Scottish Leaving Certificate Examination, 1956
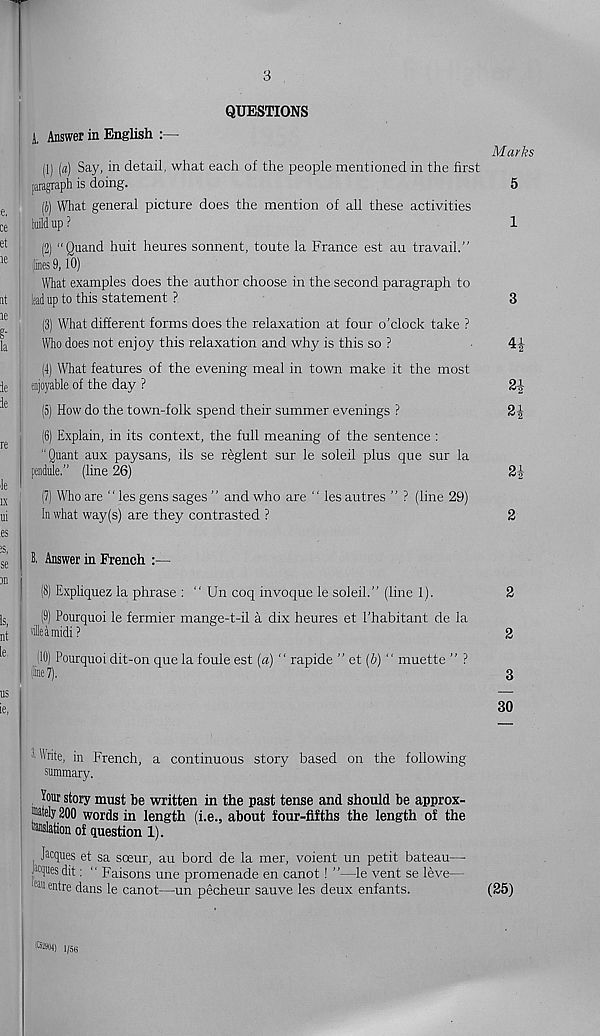
3
QUESTIONS
A, Answer in English
(1) (a) Say, in detail, what each of the people mentioned in the first
paragraph is doing.
(S) What general picture does the mention of ail these activities
hild up ?
Marks
5
1
(2) "Quand huit heures sonnent, toute la France est au travail.”
(lines 9,10)
What examples does the author choose in the second paragraph to
lad up to this statement ?
3
(3) What different forms does the relaxation at four o’clock take ?
Who does not enjoy this relaxation and why is this so ?
■
4J
(4) What features of the evening meal in town make it the most
enjoyable of the day ?
2
(5) How do the town-folk spend their summer evenings ?
2
(6) Explain, in its context, the full meaning of the sentence :
"Quant aux paysans, ils se reglent sur le soleil plus que sur la
pendule.” (line 26)
2|
(7) Who are " les gens sages ” and who are " les autres ” ? (line 29)
In what way(s) are they contrasted ?
2
8, Answer in French :—
(8) Expliquez la phrase : “ Un coq invoque le soleil.” (line 1).
2
(9) Pourquoi le fermier mange-t-il a dix heures et 1’habitant de la
die a midi?
2
10) Pourquoi dit-on que la foule est (a) “ rapide ” et (/;) " muette ” ?
(line?).
3
30
1 Write, in French, a continuous story based on the following
summary.
Your story must be written in the past tense and should be approx-
joately 200 words in length (i.e., about four-fifths the length of the
■slation of question 1).
. Jacques et sa soeur, au bord de la mer, voient un petit bateau—
muesdit: ” Faisons une promenade en canot! "—le vent se leve—
eau en t re dans le canot—un pecheur sauve les deux enfants.
(25)
(C529M) i /56
rH| cq tH| (N